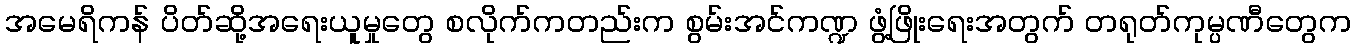
အမေရိကန် ပိတ်ဆို့အရေးယူမှုတွေ စလိုက်ကတည်းက စွမ်းအင်ကဏ္ဍ ဖွံ့ဖြိုးရေးအတွက် တရုတ်ကုမ္ပဏီတွေက